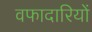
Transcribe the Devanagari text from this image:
वफादारियों